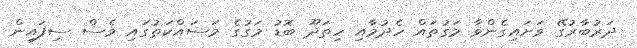
ދަރުބާރުގޭ ވަށައިގެންވާ މަގުތައް ހެދުމާއި ހިތަދޫ ބޮޑު މަގުގެ މަސައްކަތުގައި ވެސް ސިފައިން